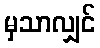
မှသာလျှင်